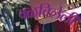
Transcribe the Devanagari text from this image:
वळविलेली